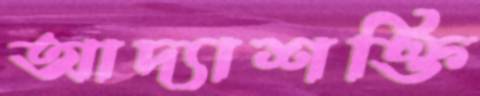
আদ্যাশক্তি